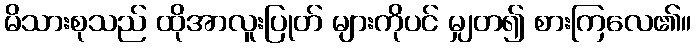
မိသားစုသည် ထိုအာလူးပြုတ် များကိုပင် မျှတ၍ စားကြလေ၏။